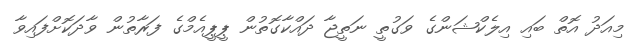
މިއަދު އޮތް ބައި އިލެކްޝަންގެ ވަގުތީ ނަތީޖާ ދައްކާގޮތުން ޕީޕީއެމްގެ ފަރާތުން ވާދަކޮށްފައިވާ